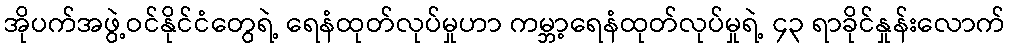
အိုပက်အဖွဲ့ဝင်နိုင်ငံတွေရဲ့ ရေနံထုတ်လုပ်မှုဟာ ကမ္ဘာ့ရေနံထုတ်လုပ်မှုရဲ့ ၄၃ ရာခိုင်နှုန်းလောက်